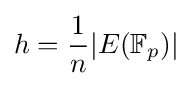
h={\frac {1}{n}}|E(\mathbb {F} _{p})|